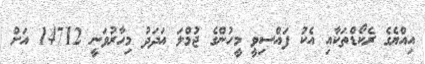
އިއްޔެގެ ރެކޯޑްތަކާއި އެކު ފައްސިވީ މީހުންގެ ޖުމްލަ އަދަދު މިހާރުވަނީ 14712 އަށް